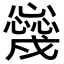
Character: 𢣳